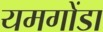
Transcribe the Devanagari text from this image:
यमगोंडा